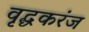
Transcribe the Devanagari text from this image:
वृद्धकरंज